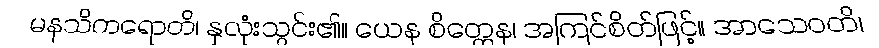
မနသိကရောတိ၊ နှလုံးသွင်း၏။ ယေန စိတ္တေန၊ အကြင်စိတ်ဖြင့်။ အာသေဝတိ၊